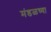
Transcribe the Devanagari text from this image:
मंडळच्या